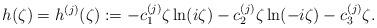
LaTeX: \begin{align*} h(\zeta)=h^{(j)}(\zeta) := -c_1^{(j)} \zeta \ln(i \zeta) - c_2^{(j)} \zeta \ln(-i \zeta) - c_3^{(j)} \zeta.\end{align*}